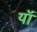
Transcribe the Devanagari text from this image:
यॉ